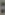
: